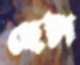
ছেটা